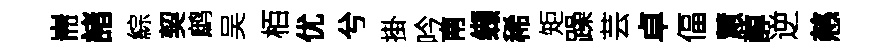
耑諸綜契鹧吴栢优兮掛吟南缬稀矩躁芸卓偪慧醇逆慈